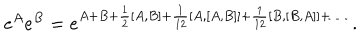
LaTeX: e ^ { A } e ^ { B } = e ^ { A + B + { \frac { 1 } { 2 } } [ A , B ] + { \frac { 1 } { 1 2 } } [ A , [ A , B ] ] + { \frac { 1 } { 1 2 } } [ B , [ B , A ] ] + \ldots } \ .